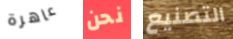
عاهرة نحن التصنيع